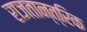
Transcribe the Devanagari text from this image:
राजतान्त्रिक